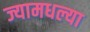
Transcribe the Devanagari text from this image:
ज्यामधल्या